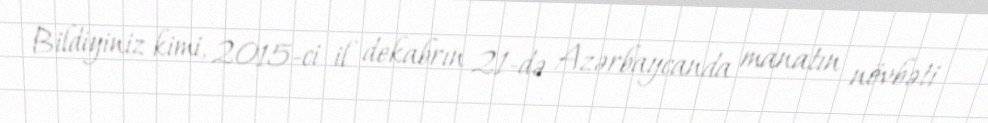
Bildiyiniz kimi, 2015-ci il dekabrın 21-də Azərbaycanda manatın növbəti